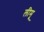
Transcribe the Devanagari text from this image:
लीमू